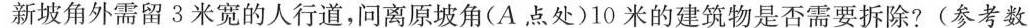
新坡角外需留3米宽的人行道，问离原坡角(A点处)10米的建筑物是否需要拆除?(参考数